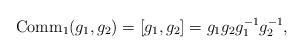
LaTeX: \begin{align*}\operatorname{Comm}_{1}(g_1,g_2)=[g_1,g_2]=g_1g_2g_1^{-1}g_2^{-1},\end{align*}